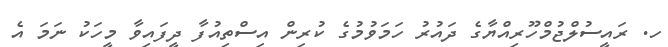
ހ. ރައީސުލްޖުމްހޫރިއްޔާގެ ދައުރު ހަމަވުމުގެ ކުރިން އިސްތިއުފާ ދީފައިވާ މީހަކު ނަމަ އެ